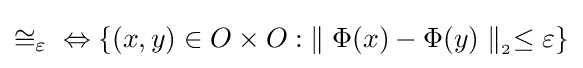
\cong _{\varepsilon }{}\Leftrightarrow \{(x,y)\in O\times O:\;\parallel \Phi (x)-\Phi (y)\parallel _{_{2}}\leq \varepsilon \}